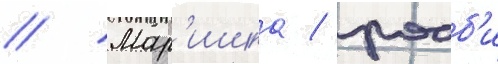
// Мар'ишка / робб'и